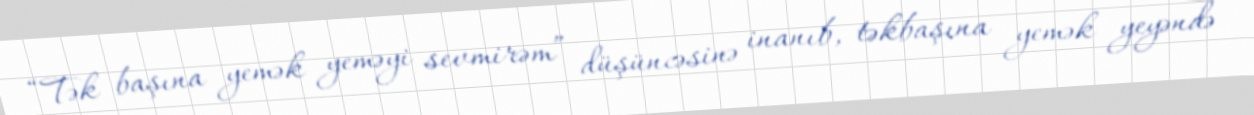
“Tək başına yemək yeməyi sevmirəm” düşüncəsinə inanıb, təkbaşına yemək yeyəndə